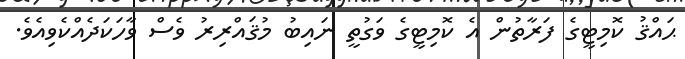
ޙައްޤު ކޮމިޓީގެ ފަރާތުން އެ ކޮމިޓީގެ ވަގުތީ ނައިބު މުޤައްރިރު ވެސް ވާހަކަދެއްކެވިއެވެ.